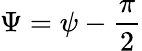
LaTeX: \Psi=\psi-\frac{\pi}{2}